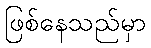
ဖြစ်နေသည်မှာ